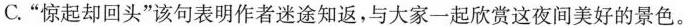
C.”惊起却回头”该句表明作者迷途知返，与大家一起欣赏这夜间美好的景色。